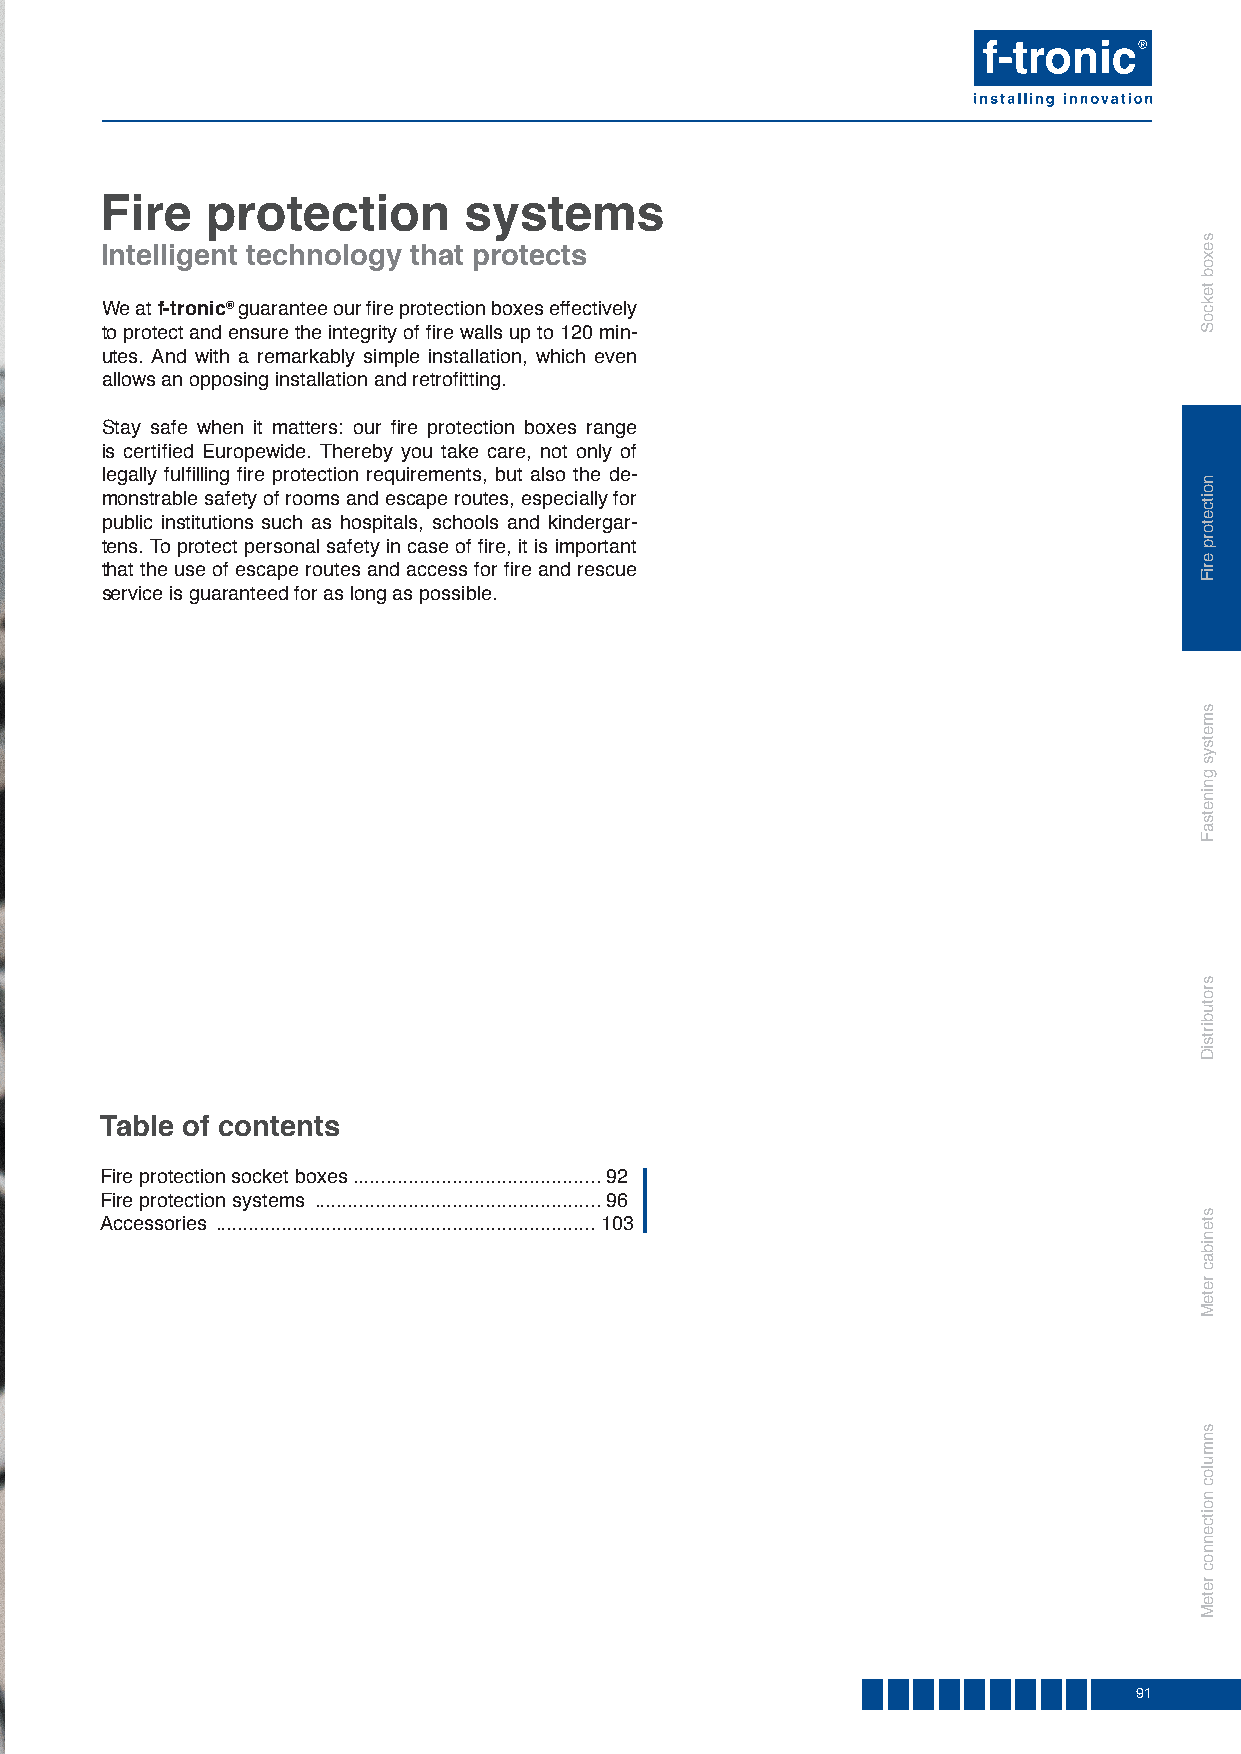
Fire   protection       systems
 Intelligent technology that protects
 We at f-tronic® guarantee our fire protection boxes effectively
 to protect and ensure the integrity of fire walls up to 120 min-
 utes. And with a remarkably simple installation, which even
 allows an opposing installation and retrofitting.
 Stay safe when it matters: our fire protection boxes range
 is certified Europewide. Thereby you take care, not only of
 legally fulfilling fire protection requirements, but also the de-
 monstrable safety of rooms and escape routes, especially for
 public institutions such as hospitals, schools and kindergar-
 tens. To protect personal safety in case of fire, it is important
 that the use of escape routes and access for fire and rescue
 service is guaranteed for as long as possible.
 Table of contents
 Fire protection socket boxes .............................................92
 Fire protection systems ....................................................96
 Accessories .....................................................................103
 91
 sexob
 tekcoS
 noitcetorp
 eriF
 smetsys
 gninetsaF
 srotubirtsiD
 stenibac
 reteM
 snmuloc
 noitcennoc
 reteM